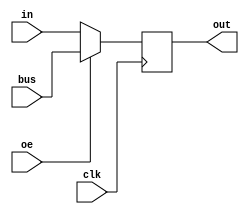

/**
 * Transceiver to enable writing to the bus.
 * NB: only the function need for this project is implemented.
 * So it just enables and disables writing to the bus.
 *
 * As there is no internal tri state, the bus needs to feed in too
 * so it can be output when this chip is not enabled.
 */
module chip_74ls245 (
  input clk,
  input [7:0] in,
  input [7:0] bus,
  input oe, // Active low

  output [7:0] out
);

  reg [7:0] data_out;
  assign out = data_out;

  always @(posedge clk) begin
    if (oe == 1'b0) begin
      data_out <= in;
    end
    else begin
      data_out <= bus;
    end
  end

endmodule